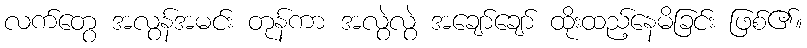
လက်တွေ အလွန်အမင်း တုန်ကာ အလွဲလွဲ အချော်ချော် ထိုးထည့်နေမိခြင်း ဖြစ်၏။